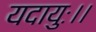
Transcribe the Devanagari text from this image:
यदायुः।।